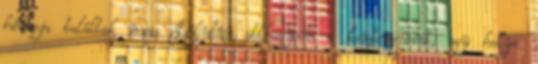
hónapja találtak meg. Délután otthagyom a konferenciát, egy helyi